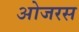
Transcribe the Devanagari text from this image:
ओजरस